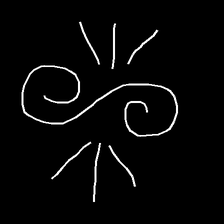
Glyph: wind-directs-air